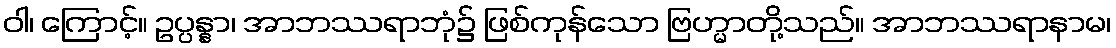
ဝါ၊ ကြောင့်။ ဥပ္ပန္နာ၊ အာဘဿရာဘုံ၌ ဖြစ်ကုန်သော ဗြဟ္မာတို့သည်။ အာဘဿရာနာမ၊